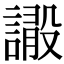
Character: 𧫫